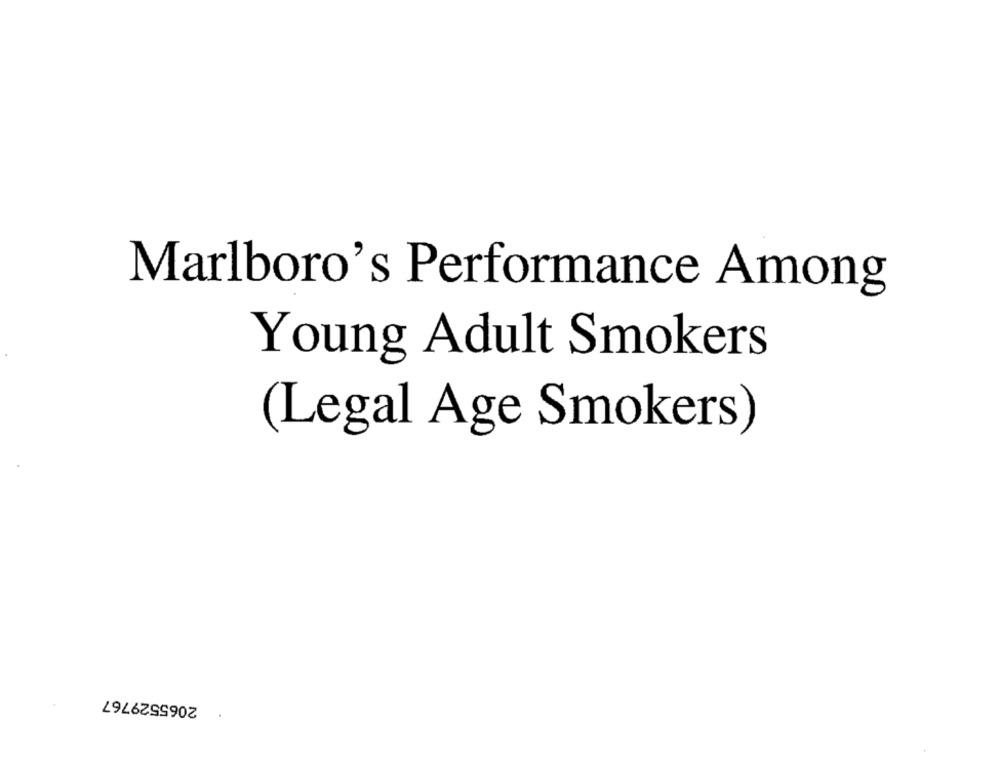
Marlboro's Performance Among
Young Adult Smokers
(Legal Age Smokers)
2065529767